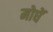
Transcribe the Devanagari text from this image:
मोघें